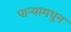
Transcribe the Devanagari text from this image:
पाऱ्यामधून